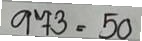
973 = 50